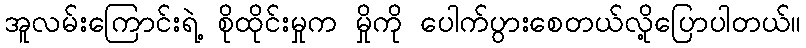
အူလမ်းကြောင်းရဲ့ စိုထိုင်းမှုက မှိုကို ပေါက်ပွားစေတယ်လို့ပြောပါတယ်။